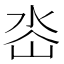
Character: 𭖜